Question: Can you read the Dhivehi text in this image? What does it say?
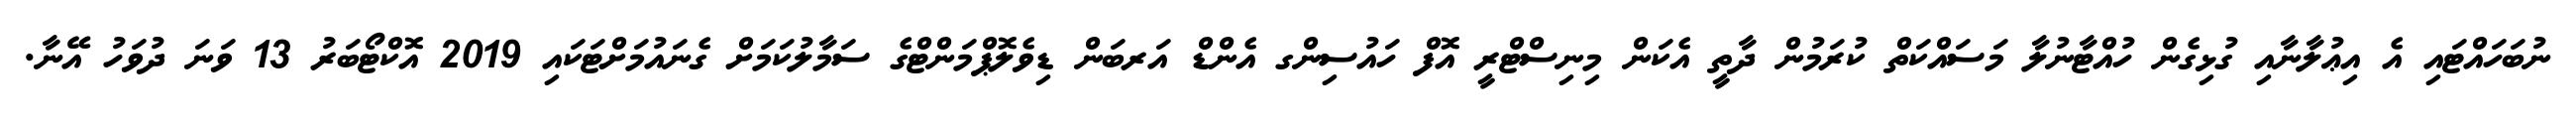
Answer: ނުބަހައްޓައި އެ އިޢުލާނާއި ގުޅިގެން ހުއްޓާނުލާ މަސައްކަތް ކުރަމުން ދާތީ އެކަން މިނިސްޓްރީ އޮފް ހައުސިންގ އެންޑް އަރބަން ޑިވެލޮޕްމަންޓްގެ ސަމާލުކަމަށް ގެނައުމަށްޓަކައި 2019 އޮކްޓޯބަރު 13 ވަނަ ދުވަހު އޭނާ.